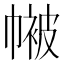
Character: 𭘴